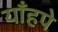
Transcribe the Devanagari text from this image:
याँहपे